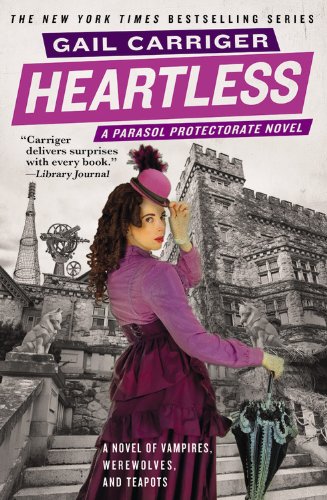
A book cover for Heartless (The Parasol Protectorate); Gail Carriger; Science Fiction & Fantasy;